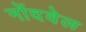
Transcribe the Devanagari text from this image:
नोंदवेल